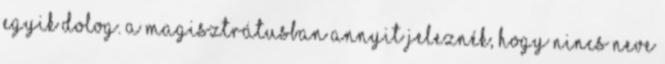
egyik dolog. A magisztrátusban annyit jeleznék, hogy nincs neve